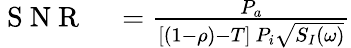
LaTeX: \begin{array}{rl}{\mathrm{~S~N~R~}}&{{}=\frac{P_{a}}{[(1-\rho)-T]\ P_{i}\sqrt{S_{I}(\omega)}}}\end{array}